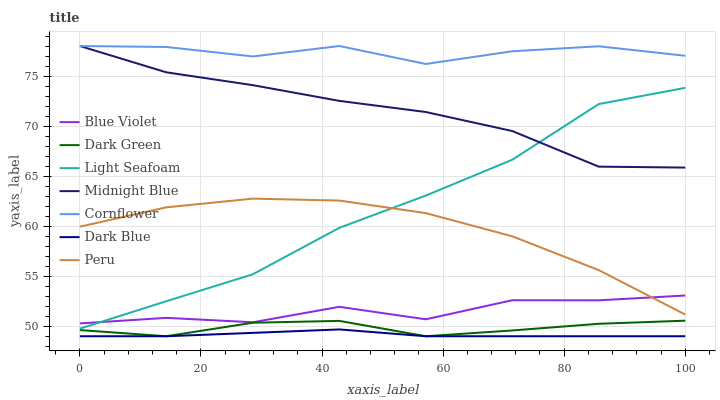
| xaxis_label | Blue Violet | Dark Green | Light Seafoam | Midnight Blue | Cornflower | Dark Blue | Peru |
 | --- | --- | --- | --- | --- | --- | --- | --- |
 | 0 | 50.3 | 49.6 | 49.8 | 78 | 78 | 49 | 59.9 |
 | 14.3 | 50.8 | 49 | 52.5 | 75.4 | 77.9 | 49 | 61.9 |
 | 28.6 | 50.4 | 50.4 | 55.2 | 74.1 | 77 | 49.3 | 62.7 |
 | 42.9 | 51.9 | 50.5 | 59.8 | 72.5 | 78 | 49.7 | 62.6 |
 | 57.1 | 50.7 | 49 | 63.1 | 71.4 | 76.2 | 49 | 61.3 |
 | 71.4 | 52.6 | 49.6 | 66.6 | 69.5 | 77.5 | 49 | 59 |
 | 85.7 | 52.6 | 50.2 | 72.2 | 65.9 | 78 | 49 | 55.6 |
 | 100 | 53.1 | 50.6 | 73.8 | 65.9 | 77 | 49 | 51.2 |